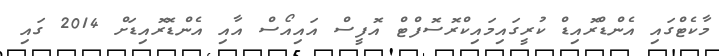
މާކެޓްގައި އެންޑްރޮއިޑް ކުރީގައިމައިކްރޮސޮފްޓް އޮފީސް އައިއޯސް އާއި އެންޑޮރޮއިޑަށް 2014 ގައި